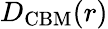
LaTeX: D_{\mathrm{CBM}}(r)